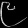
Digit: ၉